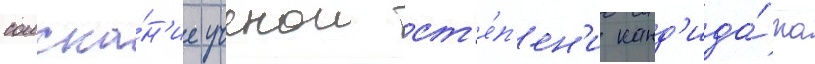
соиска́н'ие ученои ст'е́п'ен'и канд'ида́та